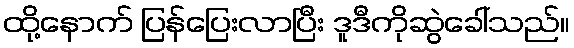
ထို့နောက် ပြန်ပြေးလာပြီး ဒူဒီကိုဆွဲခေါ်သည်။